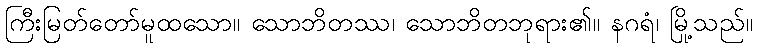
ကြီးမြတ်တော်မူထသော။ သောဘိတဿ၊ သောဘိတဘုရား၏။ နဂရံ၊ မြို့သည်။